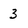
Character: 3